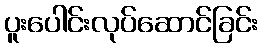
ပူးပေါင်းလုပ်ဆောင်ခြင်း